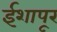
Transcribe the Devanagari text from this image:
ईशापूर